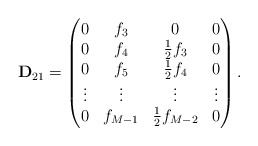
\begin{align*}{\bf D}_{21} = \begin{pmatrix}0 & f_3 & 0 & 0 \\0 & f_4 & \frac{1}{2} f_3 & 0 \\0 & f_5 & \frac{1}{2} f_4 & 0 \\\vdots & \vdots & \vdots & \vdots \\0 & f_{M-1} & \frac{1}{2} f_{M-2} & 0\end{pmatrix}.\end{align*}